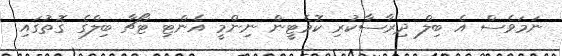
ނަމަވެސް އެ ބިލް ދިރާސާކުރި ކޮމެޓީން ނިންމީ އެންޓި ޓޯޗާ ބިލްގެ ގޮތުގައި